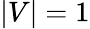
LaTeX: |V|=1